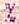
%